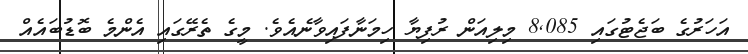
އަހަރުގެ ބަޖެޓުގައި 8